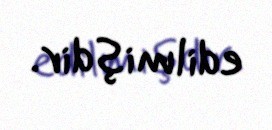
edilmişdir.